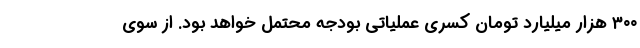
۳۰۰ هزار میلیارد تومان کسری عملیاتی بودجه محتمل خواهد بود. از سوی